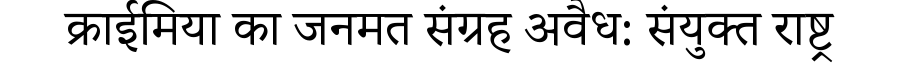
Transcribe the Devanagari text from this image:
क्राईमिया का जनमत संग्रह अवैध: संयुक्त राष्ट्र